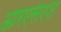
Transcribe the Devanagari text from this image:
आरएसएश